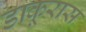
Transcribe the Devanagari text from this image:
डाकूरास